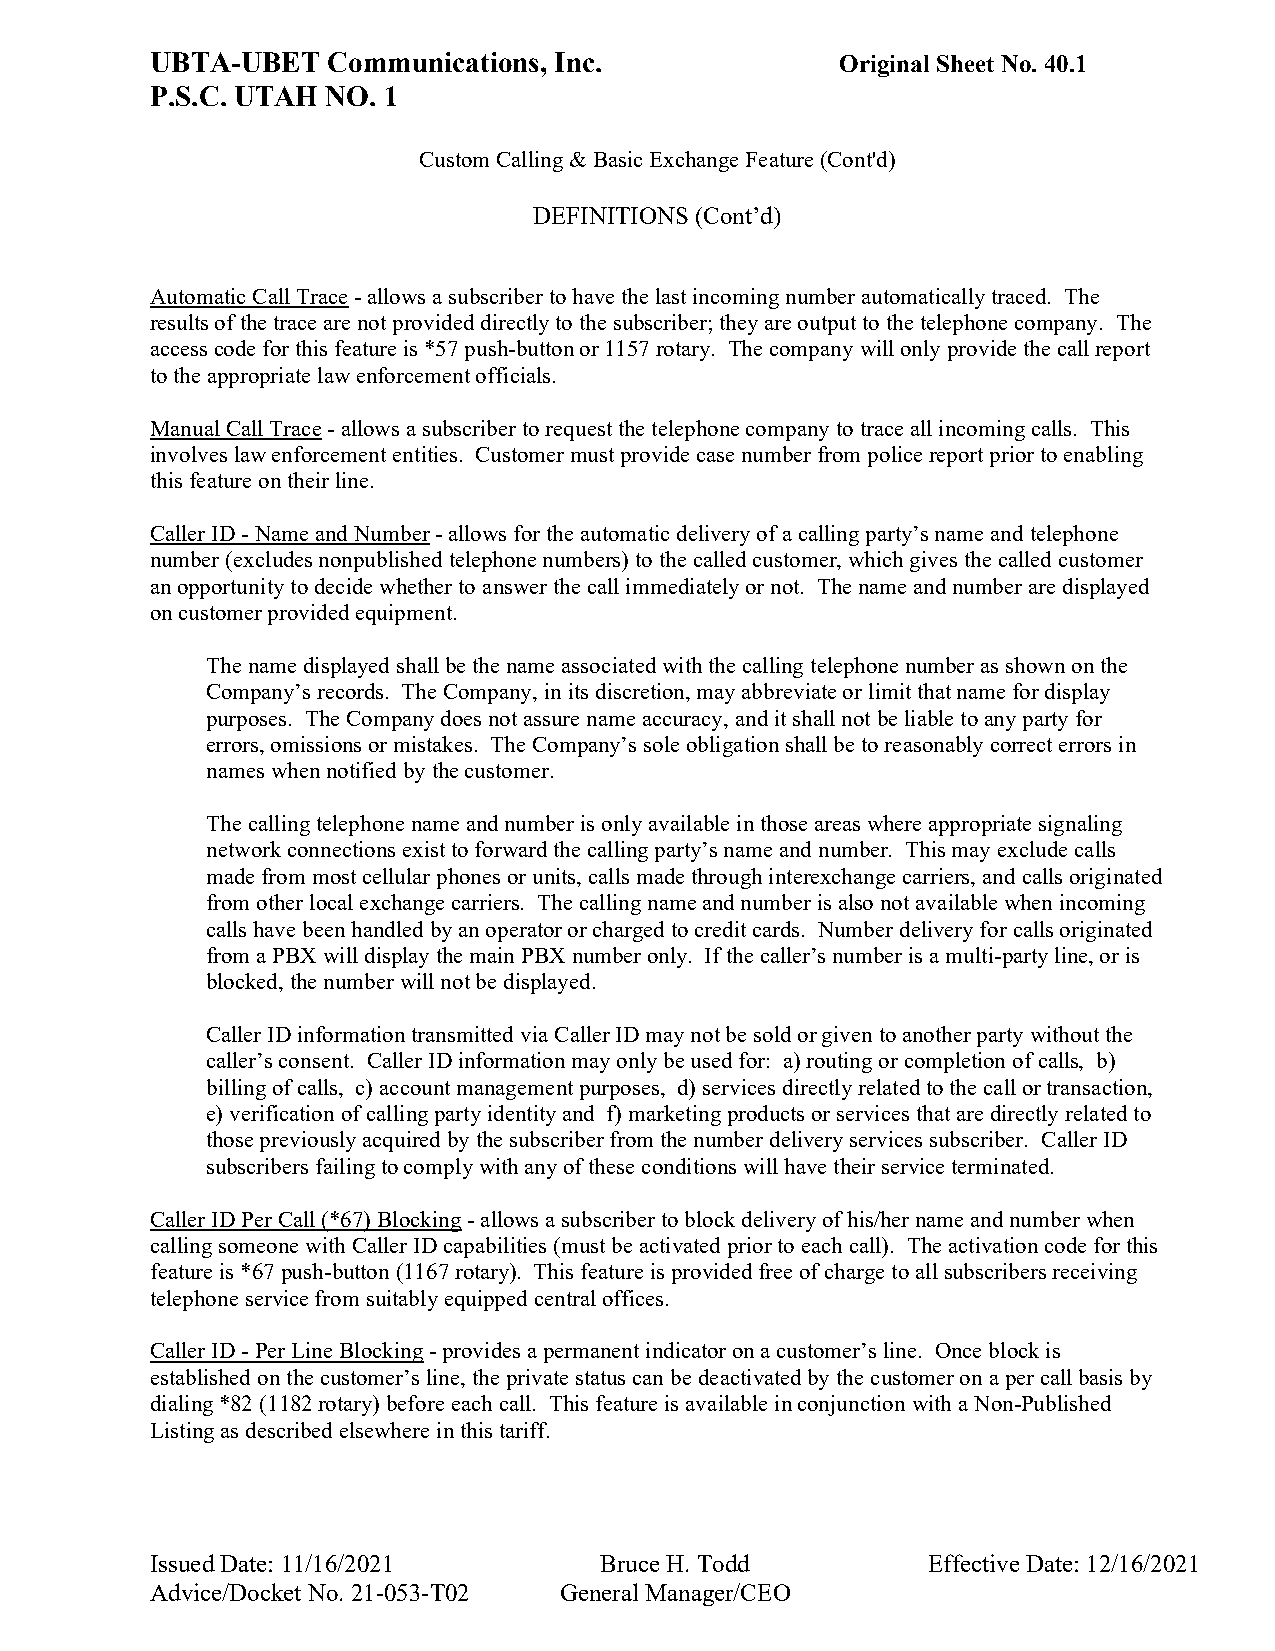
UBTA-UBET   Communications, Inc.              Original Sheet No. 40.1
 P.S.C. UTAH NO. 1
 Custom Calling & Basic Exchange Feature (Cont'd)
 DEFINITIONS (Cont’d)
 Automatic Call Trace - allows a subscriber to have the last incoming number automatically traced. The
 results of the trace are not provided directly to the subscriber; they are output to the telephone company. The
 access code for this feature is *57 push-button or 1157 rotary. The company will only provide the call report
 to the appropriate law enforcement officials.
 Manual Call Trace - allows a subscriber to request the telephone company to trace all incoming calls. This
 involves law enforcement entities. Customer must provide case number from police report prior to enabling
 this feature on their line.
 Caller ID - Name and Number - allows for the automatic delivery of a calling party’s name and telephone
 number (excludes nonpublished telephone numbers) to the called customer, which gives the called customer
 an opportunity to decide whether to answer the call immediately or not. The name and number are displayed
 on customer provided equipment.
 The name displayed shall be the name associated with the calling telephone number as shown on the
 Company’s records. The Company, in its discretion, may abbreviate or limit that name for display
 purposes. The Company does not assure name accuracy, and it shall not be liable to any party for
 errors, omissions or mistakes. The Company’s sole obligation shall be to reasonably correct errors in
 names when notified by the customer.
 The calling telephone name and number is only available in those areas where appropriate signaling
 network connections exist to forward the calling party’s name and number. This may exclude calls
 made from most cellular phones or units, calls made through interexchange carriers, and calls originated
 from other local exchange carriers. The calling name and number is also not available when incoming
 calls have been handled by an operator or charged to credit cards. Number delivery for calls originated
 from a PBX will display the main PBX number only. If the caller’s number is a multi-party line, or is
 blocked, the number will not be displayed.
 Caller ID information transmitted via Caller ID may not be sold or given to another party without the
 caller’s consent. Caller ID information may only be used for: a) routing or completion of calls, b)
 billing of calls, c) account management purposes, d) services directly related to the call or transaction,
 e) verification of calling party identity and f) marketing products or services that are directly related to
 those previously acquired by the subscriber from the number delivery services subscriber. Caller ID
 subscribers failing to comply with any of these conditions will have their service terminated.
 Caller ID Per Call (*67) Blocking - allows a subscriber to block delivery of his/her name and number when
 calling someone with Caller ID capabilities (must be activated prior to each call). The activation code for this
 feature is *67 push-button (1167 rotary). This feature is provided free of charge to all subscribers receiving
 telephone service from suitably equipped central offices.
 Caller ID - Per Line Blocking - provides a permanent indicator on a customer’s line. Once block is
 established on the customer’s line, the private status can be deactivated by the customer on a per call basis by
 dialing *82 (1182 rotary) before each call. This feature is available in conjunction with a Non-Published
 Listing as described elsewhere in this tariff.
 Issued Date: 11/16/2021       Bruce H. Todd        Effective Date: 12/16/2021
 Advice/Docket No. 21-053-T02 General Manager/CEO